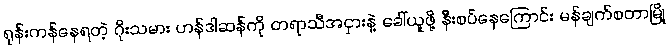
ရုန်းကန်နေရတဲ့ ဂိုးသမား ဟန်ဒါဆန်ကို တရာသီအငှားနဲ့ ခေါ်ယူဖို့ နီးစပ်နေကြောင်း မန်ချက်စတာမြို့